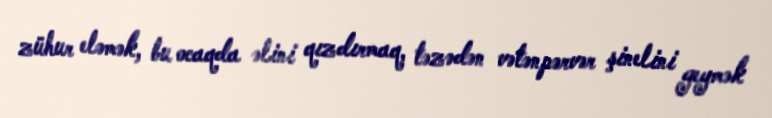
zühur eləmək, bu ocaqda əlini qızdırmaq, təzədən vətənpərvər şinelini geymək